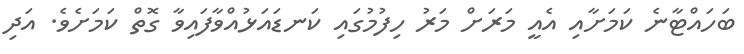
ބަހައްޓާނެ ކަމަށާއި އެއީ މަރަށް މަރު ހިފުމުގައި ކަނޑައަޅުއްވާފައިވާ ގޮތް ކަމަށެވެ. އަދި